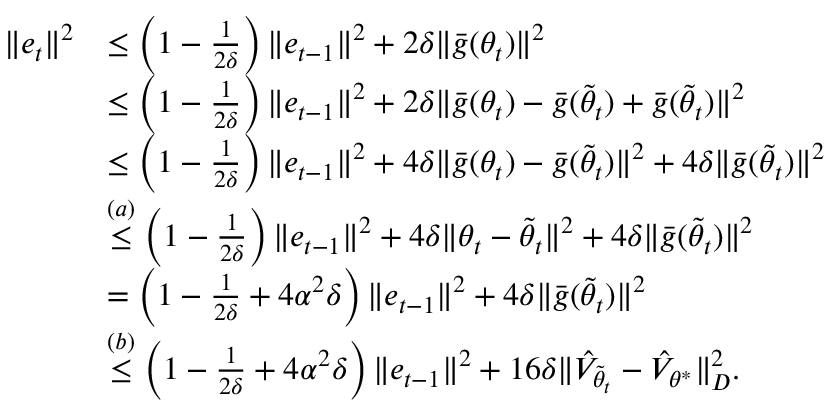
\begin{array} { r l } { \Vert e _ { t } \Vert ^ { 2 } } & { \leq \left( 1 - \frac { 1 } { 2 \delta } \right) \Vert e _ { t - 1 } \Vert ^ { 2 } + 2 \delta \Vert \bar { g } ( \theta _ { t } ) \Vert ^ { 2 } } \\ & { \leq \left( 1 - \frac { 1 } { 2 \delta } \right) \Vert e _ { t - 1 } \Vert ^ { 2 } + 2 \delta \Vert \bar { g } ( \theta _ { t } ) - \bar { g } ( \tilde { \theta } _ { t } ) + \bar { g } ( \tilde { \theta } _ { t } ) \Vert ^ { 2 } } \\ & { \leq \left( 1 - \frac { 1 } { 2 \delta } \right) \Vert e _ { t - 1 } \Vert ^ { 2 } + 4 \delta \Vert \bar { g } ( \theta _ { t } ) - \bar { g } ( \tilde { \theta } _ { t } ) \Vert ^ { 2 } + 4 \delta \Vert \bar { g } ( \tilde { \theta } _ { t } ) \Vert ^ { 2 } } \\ & { \overset { ( a ) } \leq \left( 1 - \frac { 1 } { 2 \delta } \right) \Vert e _ { t - 1 } \Vert ^ { 2 } + 4 \delta \Vert \theta _ { t } - \tilde { \theta } _ { t } \Vert ^ { 2 } + 4 \delta \Vert \bar { g } ( \tilde { \theta } _ { t } ) \Vert ^ { 2 } } \\ & { = \left( 1 - \frac { 1 } { 2 \delta } + 4 \alpha ^ { 2 } \delta \right) \Vert e _ { t - 1 } \Vert ^ { 2 } + 4 \delta \Vert \bar { g } ( \tilde { \theta } _ { t } ) \Vert ^ { 2 } } \\ & { \overset { ( b ) } \leq \left( 1 - \frac { 1 } { 2 \delta } + 4 \alpha ^ { 2 } \delta \right) \Vert e _ { t - 1 } \Vert ^ { 2 } + 1 6 \delta \Vert \hat { V } _ { \tilde { \theta } _ { t } } - \hat { V } _ { { \theta } ^ { * } } \Vert _ { D } ^ { 2 } . } \end{array}